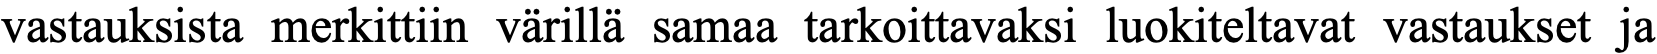
vastauksista merkittiin värillä samaa tarkoittavaksi luokiteltavat vastaukset ja